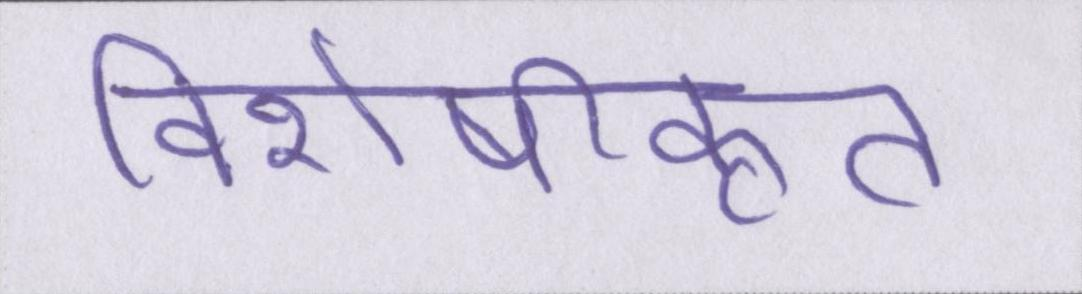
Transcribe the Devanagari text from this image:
विशेषीकृत